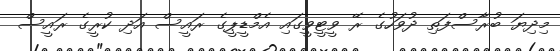
މިދިޔަ ބުރާސްފަތި ދުވަހުގެ ރޭ ވީޓީވީގައި އެމްޑީޕީގެ ރައީސް އަދި ކުރީގެ ރައީސް